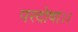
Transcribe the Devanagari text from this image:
परदोषा।।